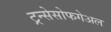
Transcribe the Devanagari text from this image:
ट्रन्सेसोफगेअल